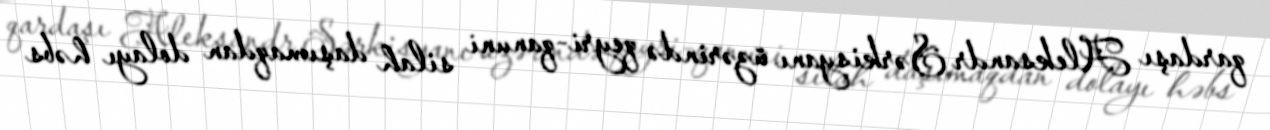
qardaşı Aleksandr Sərkisyanı üzərində qeyri-qanuni silah daşımaqdan dolayı həbs